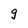
Character: g